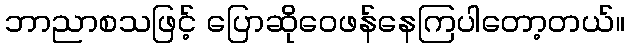
ဘာညာစသဖြင့် ပြောဆိုဝေဖန်နေကြပါတော့တယ်။